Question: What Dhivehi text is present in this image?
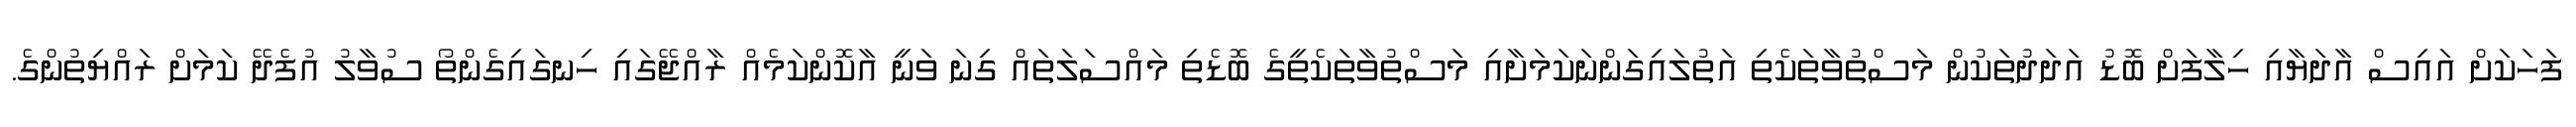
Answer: ފަހަކަށް އައިސް އާދަޔާއި ހިލާފަށް ބޮޑު އަދަދުތަކުން މަސްތުވާތަކެތި އަތުލައިގަންނަކަމަށާއި މަސްތުވާތަކެތީގެ ބޮޑެތި މައްސަލަތައް ގިނަ ވަނީ އާކޮންކަމެއް ރާއްޖޭގައި ހިނގައިގެންތޯ ސުވާލު އުފެދޭ ކަމަށް ރައްޔިތުންގެ.